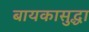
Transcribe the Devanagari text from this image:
बायकासुद्धा